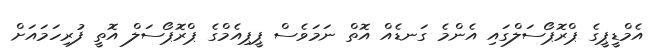
އެމްޑީޕީގެ ޕްރޮޕޯސަލްގައި އެންމެ ގަނޑެއް އޮތް ނަމަވެސް ޕީޕިއެމްގެ ޕްރޮޕޯސަލް އޮތީ ފުރިހަމައަށް